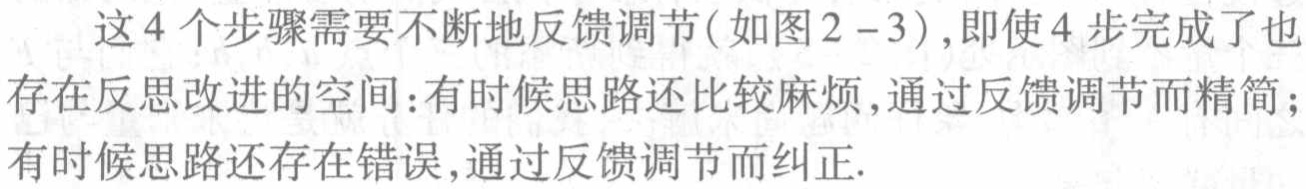
这4个步骤需要不断地反馈调节(如图2 - 3)，即使4步完成了也存在反思改进的空间：有时候思路还比较麻烦，通过反馈调节而精简；有时候思路还存在错误，通过反馈调节而纠正.